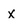
Character: X